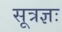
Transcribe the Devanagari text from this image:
सूत्रज्ञः